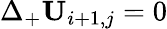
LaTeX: \Delta_{+}\mathbf{U}_{i+1,j}=0